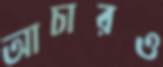
আচারও